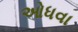
ઓધવા